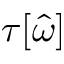
\tau [ \hat { \omega } ]